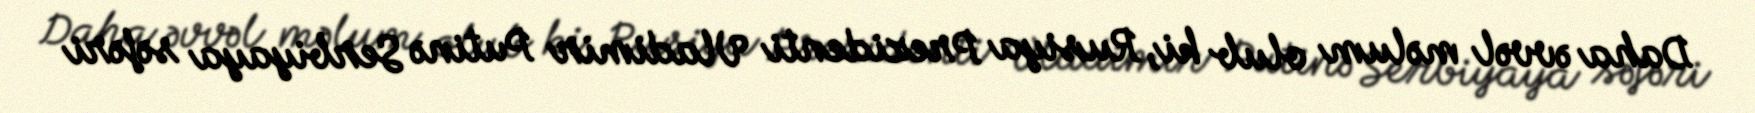
Daha əvvəl məlum olub ki, Rusiya Prezidenti Vladimir Putinə Serbiyaya səfəri